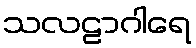
သလဠာဂါရေ